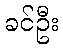
ခင်ဦး